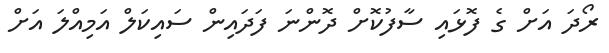
ރޯދަ އަށް ގެ ފޮޅައި ސާފުކޮށް ދޮންނަ ފަދައިން ސައިކަލް އަމިއްލަ އަށް